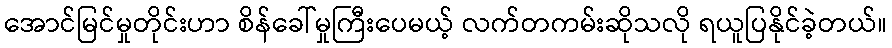
အောင်မြင်မှုတိုင်းဟာ စိန်ခေါ်မှုကြီးပေမယ့် လက်တကမ်းဆိုသလို ရယူပြနိုင်ခဲ့တယ်။